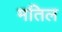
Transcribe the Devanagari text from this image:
मतिल